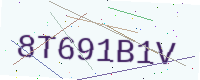
Text: 8T691B1V